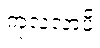
ကုလလာပိ